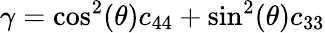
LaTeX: \gamma=\textrm{cos}^{2}(\theta)c_{44}+\textrm{sin}^{2}(\theta)c_{33}